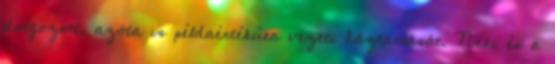
dolgozott, azóta is példaértékűen vezeti háztartását. Neki és a